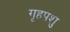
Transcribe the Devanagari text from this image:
गृहपशु